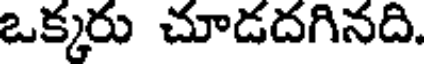
ఒక్కరు చూడదగినది.